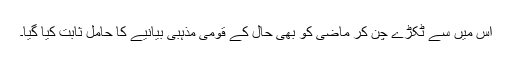
اس میں سے ٹکڑے چن کر ماضی کو بھی حال کے قومی مذہبی بیانیے کا حامل ثابت کیا گیا۔